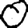
Digit: 0